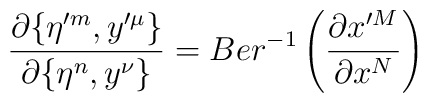
\frac{\partial \{\eta'^m,y'^\mu\}}{\partial \{\eta^n,y^\nu\}} =Ber^{-1}\left(\frac{\partial x'^M}{\partial x^N}\right)